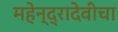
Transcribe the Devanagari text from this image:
महेन्द्रादेवीचा